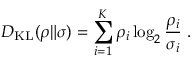
D _ { \mathrm { K L } } ( \boldsymbol { \rho } \| \boldsymbol { \sigma } ) = \sum _ { i = 1 } ^ { K } \rho _ { i } \log _ { 2 } \frac { \rho _ { i } } { \sigma _ { i } } \; .